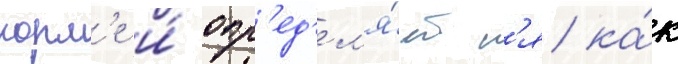
корм'е и́ опр'ед'ел'я́етс'я ка́к